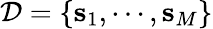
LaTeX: \mathcal{D}=\{ \mathbf{s}_{1},\cdots,\mathbf{s}_{M}\}